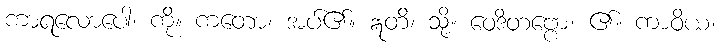
ကာရလောပေါ၊ ကို။ ကတော၊ အပ်၏။ ဣတိ၊ သို့။ ဝေဒိတဗ္ဗော၊ ၏။ ကာဝိယ၊